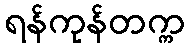
ရန်ကုန်တက္က